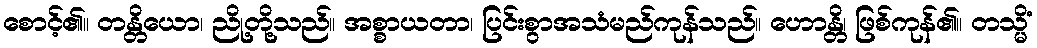
စောင့်၏။ တန္တိယော၊ ညို့တို့သည်။ အစ္စာယတာ၊ ပြင်းစွာအသံမည်ကုန်သည်။ ဟောန္တိ၊ ဖြစ်ကုန်၏။ တသ္မိံ